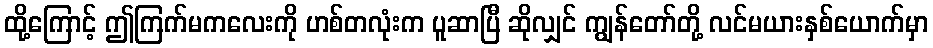
ထို့ကြောင့် ဤကြက်မကလေးကို ဟစ်တလုံးက ပူဆာပြီ ဆိုလျှင် ကျွန်တော်တို့ လင်မယားနှစ်ယောက်မှာ